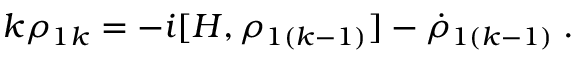
k \rho _ { 1 k } = - i [ H , \rho _ { 1 ( k - 1 ) } ] - \dot { \rho } _ { 1 ( k - 1 ) } \; .